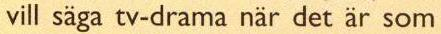
vill säga tv-drama när det är som